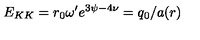
E _ { K K } = r _ { 0 } \omega ^ { \prime } e ^ { 3 \psi - 4 \nu } = q _ { 0 } / a ( r )